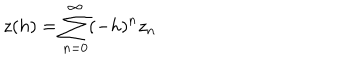
z ( h ) = \sum _ { n = 0 } ^ { \infty } ( - h ) ^ { n } z _ { n }